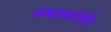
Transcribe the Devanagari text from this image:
शब्दप्रयोगीय